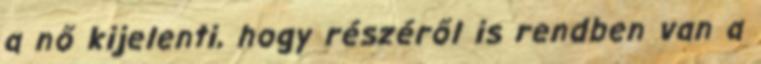
a nő kijelenti, hogy részéről is rendben van a